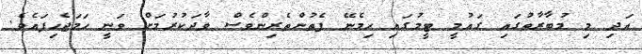
އަދި މި މުބާރާތުގައި ގައުމީ ޓީމުގައި ހިމެނޭ ފެތުންތެރިންވެސް ވާދަކުރުމަށް ވަނީ ހަމަޖެހިފައެެވެ.